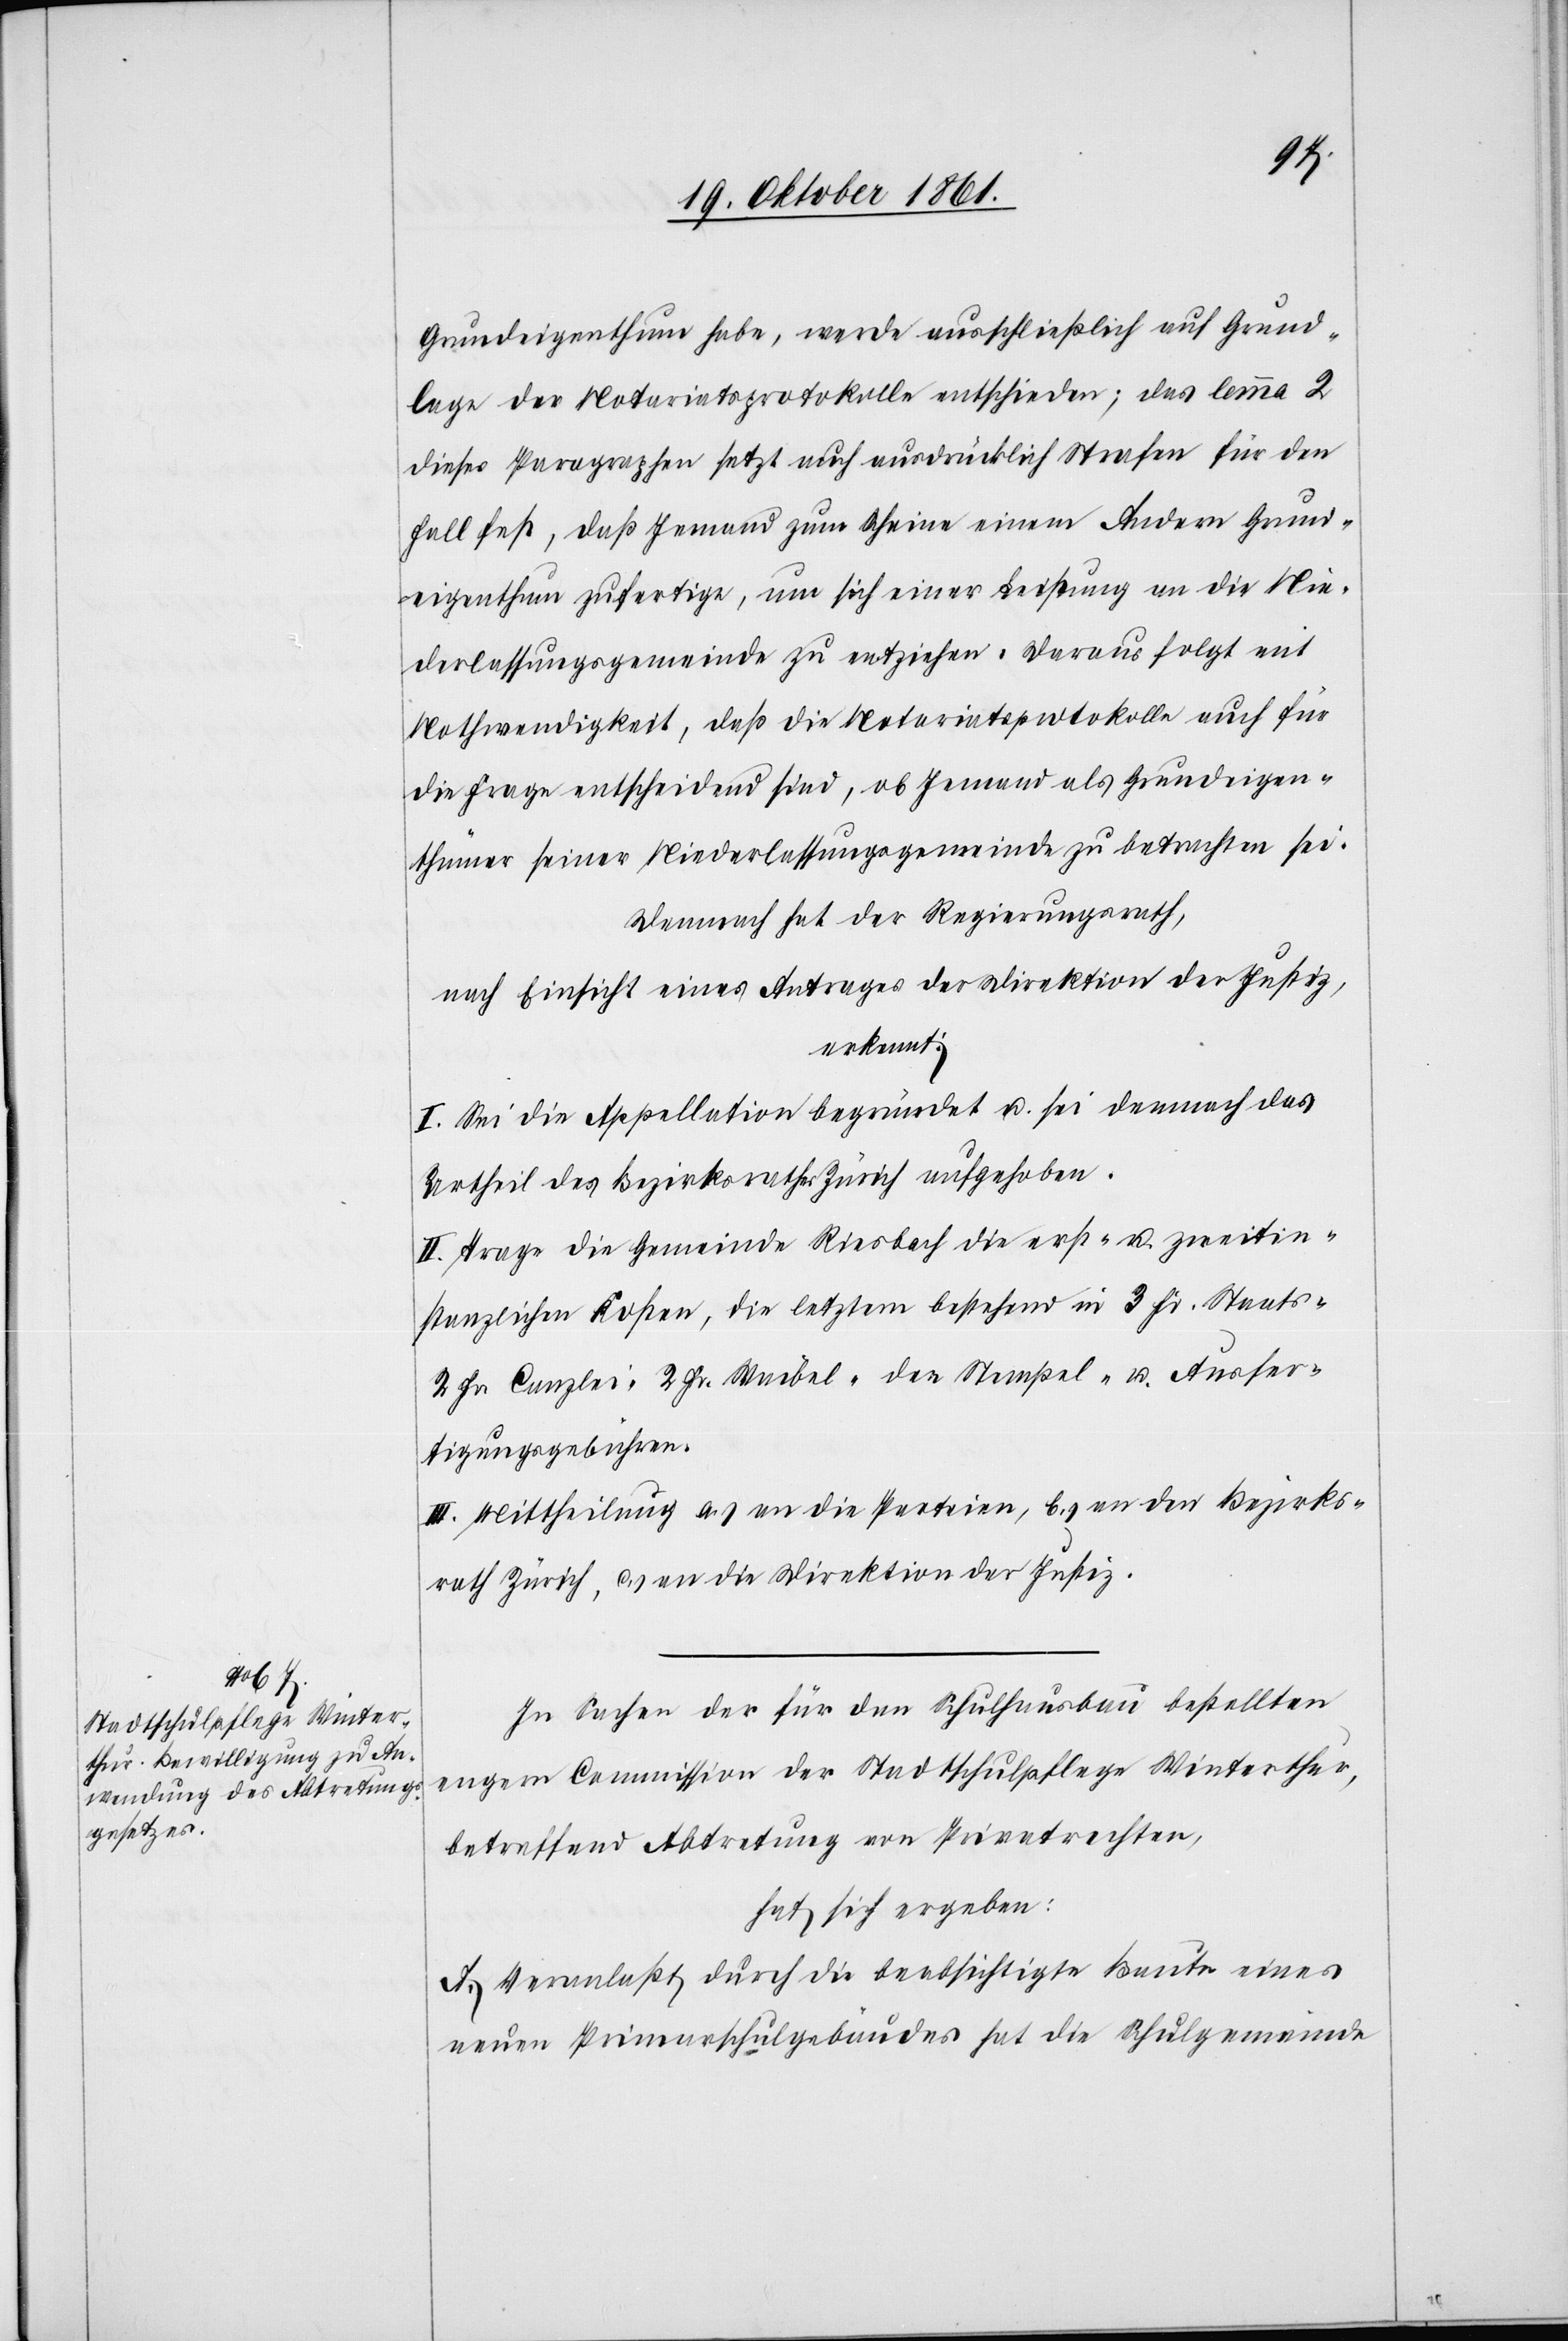
Grundeigenthum habe, werde ausschließlich auf Grund¬
lage der Notariatsprotokolle entschieden; das lemma 2
dieses Paragraphen setzt auch ausdrücklich Strafen für den
Fall fest, daß Jemand zum Scheine einem Andern Grund¬
eigenthum zufertige, um sich einer Leistung an die Nie¬
derlassungsgemeinde zu entziehen. Daraus folgt mit
Nothwendigkeit, daß die Notariatsprotokolle auch für
die Frage entscheidend sind, ob Jemand als Grundeigen¬
thümer seiner Niederlassungsgemeinde zu betrachten sei.
Demnach hat der Regierungsrath,
nach Einsicht eines Antrages der Direktion der Justiz,
erkannt:
I. Sei die Appellation begründet u. sei demnach das
Urtheil des Bezirksrathes Zürich aufgehoben.
II. Trage die Gemeinde Riesbach die erst- u. zweitin¬
stanzlichen Kosten, die letztern bestehend in 3 Fr. Staats-[,]
2 Fr. Canzlei-[,] 2 Fr. Waibel-[,] den Stempel- u. Ausfer¬
tigungsgebühren.
III. Mittheilung a.) an die Parteien, b) an den Bezirks¬
rath Zürich, c) an die Direktion der Justiz.
In Sachen der für den Schulhausbau bestellten
engern Commission der Stadtschulpflege Winterthur,
betreffend Abtretung von Privatrechten,
hat sich ergeben:
A. Veranlaßt durch die beabsichtigte Baute eines
neuen Primarschulgebäudes hat die Schulgemeinde